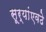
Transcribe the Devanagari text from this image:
सूर्यांएवढे